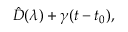
\hat { D } ( \boldsymbol { \lambda } ) + \gamma ( t - t _ { 0 } ) ,